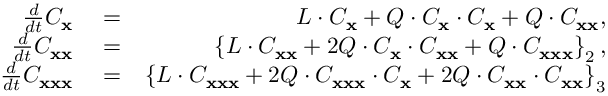
\begin{array} { r l r } { \frac { d } { d t } C _ { \bf x } } & { { } = } & { { \cal L } \cdot C _ { \bf x } + { \cal Q } \cdot C _ { \bf x } \cdot C _ { \bf x } + { \cal Q } \cdot C _ { { \bf x } { \bf x } } , } \\ { \frac { d } { d t } C _ { { \bf x } { \bf x } } } & { { } = } & { \left\lbrace { \cal L } \cdot C _ { { \bf x } { \bf x } } + 2 { \cal Q } \cdot C _ { \bf x } \cdot C _ { { \bf x } { \bf x } } + { \cal Q } \cdot C _ { { \bf x } { \bf x } { \bf x } } \right\rbrace _ { 2 } , } \\ { \frac { d } { d t } C _ { { \bf x } { \bf x } { \bf x } } } & { { } = } & { \left\lbrace { \cal L } \cdot C _ { { \bf x } { \bf x } { \bf x } } + 2 { \cal Q } \cdot C _ { { \bf x } { \bf x } { \bf x } } \cdot C _ { { \bf x } } + 2 { \cal Q } \cdot C _ { { \bf x } { \bf x } } \cdot C _ { { \bf x } { \bf x } } \right\rbrace _ { 3 } } \end{array}